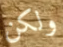
ولكن